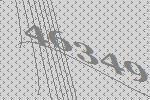
46349